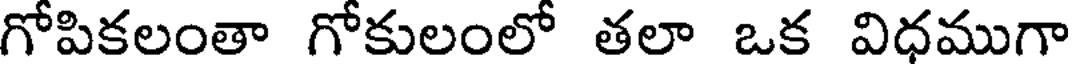
గోపికలంతా గోకులంలో తలా ఒక విధముగా